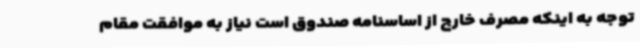
توجه به اینکه مصرف خارج از اساسنامه صندوق است نیاز به موافقت مقام